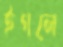
ইগলে